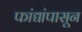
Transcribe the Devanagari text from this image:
फांद्यांपासून